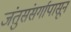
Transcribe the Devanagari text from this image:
जंतुसंसर्गापासून